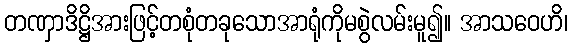
တဏှာဒိဋ္ဌိအားဖြင့်တစုံတခုသောအာရုံကိုမစွဲလမ်းမူ၍။ အာသဝေဟိ၊